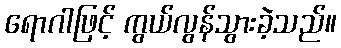
ရောဂါဖြင့် ကွယ်လွန်သွားခဲ့သည်။